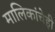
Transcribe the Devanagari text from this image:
मालिकांचेही